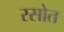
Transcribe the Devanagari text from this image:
रसोत